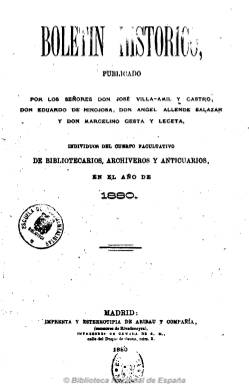
Título: Boletín histórico (Madrid)
Colección: Archivos, bibliotecas y museos || Historia
Ámbito geográfico: Madrid
Lugar de publicación: Madrid
Fechas: 01/01/1880-31/01/1888

Tras terminar la primera época (1871-1878) de la Revista de archivos, bibliotecas y museos, los miembros del Cuerpo Facultativo de Bibliotecarios Archiveros y Anticuarios José Villaamil y Castro (1838-1910), Eduardo de Hinojosa (1852-1919), Ángel Allende Salazar (1855-1885) y Marcelino Gesta y Leceta comienzan a publicar este boletín en enero de 1880. Sus fundadores y editores pretenden que la publicación pueda servir de “órgano de comunicación” entre los eruditos, facilitándoles noticias y datos para sus investigaciones, así como defender los intereses del cuerpo facultativo.

En sus páginas se publican artículos de erudición e investigación histórica, de bibliografía y biblioteconomía, sobre manuscritos, documentos, epigrafía, antigüedades y colecciones o sobre organización de  bibliotecas, archivos y museos. También serán publicadas disposiciones oficiales relativas a los centros bibliotecarios y archivísticos y a su personal; tendrá una sección de noticias y reseñas bibliográficas y otra bajo el epígrafe Crónica, en la que se da cuenta de nombramientos, cambios de destino, concursos para la provisión de vacantes y otras noticias relativas al cuerpo facultativo, así como algunas literarias de interés para los “aficionados a los estudios históricos”.

El boletín forma parte del cuerpo de publicaciones que archiveros y bibliotecarios desarrollaron a partir de la segunda mitad del siglo diecinueve y que representa una de las más valiosas aportaciones a la cultura y ciencia humanística española. Junto a los fundadores de la publicación, que además de bibliotecarios y archiveros, serán reputados historiadores, eruditos, anticuarios o jurisconsultos, publican trabajos Marcelino Menéndez Pelayo, Aureliano Fernández-Guerra, Francisco Asenjo Barbieri, Francisco Codera y Zaidin, Vicente de la Fuente, Fernando Brieva Salvatierra, Fidel Fita y Colomé, José de Güemes, Claudio Pérez y Gredilla, Juan F. Riaño, o Alejandro Gómez Fuentenebro, entre otros.

Sus entregas –en 4º- serán mensuales, de dieciséis páginas cada una. Con paginación continuada anual, cada año forma un tomo, que incluye un índice de materias. A partir del número 4, de abril de 1881, sólo quedan como editores Allende Salazar y Gesta. El año 1884 no forma parte de la colección de la Biblioteca Nacional. Esta continúa con la entrega número 1, correspondiente al 15 de julio de 1885, ya sólo bajo la responsabilidad de Marcelino Gesta, editando doce números quincenales, hasta el 31 de diciembre de ese año. En 1886, de nuevo será mensual, llegando la colección de este título hasta la entrega de diciembre de ese año. En 1888, el mismo Marcelino Gesta, bibliotecario del Museo de Ciencias Naturales y profesor auxiliar de la Escuela Superior de Diplomática, bajo el título Suplemento al Boletín histórico, edita el final del Índice de una colección manuscrita de obras fray Martín Sarmiento, que había empezado a publicar en el boletín, y que también forma parte de esta colección.

Por otro lado, en 1881 y 1882 salen a la luz dos volúmenes del Anuario del Cuerpo Facultativo de Archiveros, Bibliotecarios y Anticuarios, y, en 1883, la Revista de archivos, bibliotecas y museos publicará su noveno volumen, no reapareciendo de nuevo hasta 1897, aunque en 1896 se publicará Boletín de archivos, bibliotecas y museos. Todos estos títulos pueden también consultarse en la Hemeroteca Digital de la BNE.